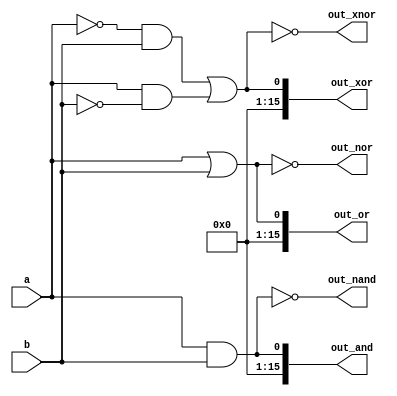
module prueba  (
    input  [15:0] a,
    input  [15:0] b,
    output [15:0] out_and,
    output [15:0] out_or,
    output [15:0] out_nand,
    output [15:0] out_nor,
    output [15:0] out_xor,
    output [15:0] out_xnor
);


//bitwise operation
assign out_and = a && b;  //And
assign out_or = a || b;  //Or
assign out_nand = ~(a && b);  //Nand
assign out_nor = ~(a || b);  //Nor
assign out_xor = ~a&&b || a&&~b; //Xor 
assign out_xnor = ~(~a&&b || a&&~b); //Xnor 


endmodule